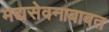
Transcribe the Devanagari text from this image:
मद्यसेवनाबाबत